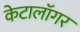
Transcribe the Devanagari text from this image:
केटालॉगर